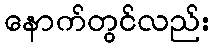
နောက်တွင်လည်း